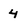
Character: 4